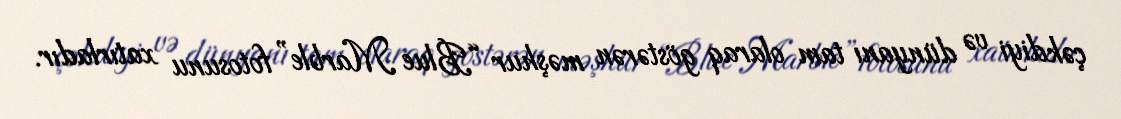
çəkdiyi və dünyanı tam olaraq göstərən məşhur “Blue Marble” fotosunu xatırladır.